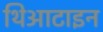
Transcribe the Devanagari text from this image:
थिआटाइन